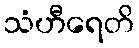
သံဟီရေတိ